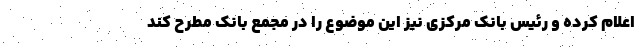
اعلام کرده و رئیس بانک مرکزی نیز این موضوع را در مجمع بانک مطرح کند